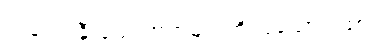
အချည်းနှီးသောအရာများကို ပြသောဂါထာ။